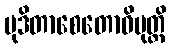
မုဒိတာစေတောဝိမုတ္တိ